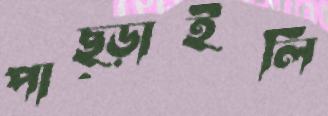
পাছ্‌ড়াইলি